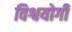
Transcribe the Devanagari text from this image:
विश्वयोगी